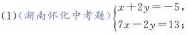
(1)(湖南怀化中考题)\left\{\begin{matrix}x+2y=-5,\\7x-2y=13;\end{matrix}\right.